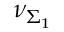
\nu _ { \Sigma _ { 1 } }